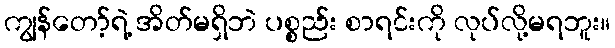
ကျွန်တော့်ရဲ့ အိတ်မရှိဘဲ ပစ္စည်း စာရင်းကို လုပ်လို့မရဘူး။